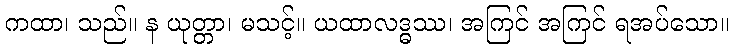
ကထာ၊ သည်။ န ယုတ္တာ၊ မသင့်။ ယထာလဒ္ဓဿ၊ အကြင် အကြင် ရအပ်သော။